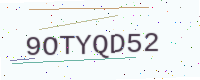
Text: 9OTYQD52